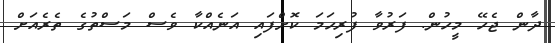
ދާން ޖެހޭ މީހުން. ފަރުވާ ފުރިހަމަ ކޮށްފައި އަނެއްކާ ވެސް މަސްތުގެ ތެރެއަށް